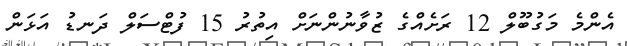
އެންމެ މަގުބޫލް 12 ރަށެއްގެ ޒުވާނުންނަށް އިތުރު 15 ފުޓްސަލް ދަނޑު އަޅަން